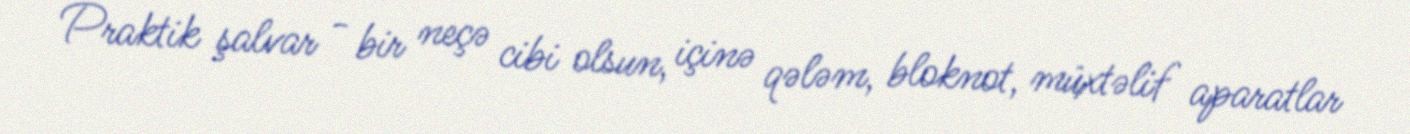
Praktik şalvar - bir neçə cibi olsun, içinə qələm, bloknot, müxtəlif aparatlar